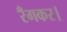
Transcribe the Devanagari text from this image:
रँगकर।